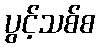
ပွင့်သစ်စ